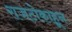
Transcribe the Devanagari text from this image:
राजटोकाहून